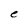
Character: e